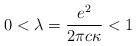
LaTeX: \begin{align*}0 < \lambda = {e^2 \over 2 \pi c \kappa} < 1\end{align*}